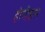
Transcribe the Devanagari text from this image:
होगीइस